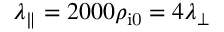
\lambda _ { \parallel } = 2 0 0 0 \rho _ { \mathrm { i 0 } } = 4 \lambda _ { \perp }